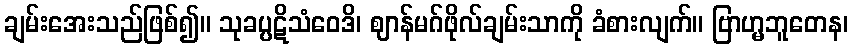
ချမ်းအေးသည်ဖြစ်၍။ သုခပ္ပဋိသံဝေဒိ၊ ဈာန်မဂ်ဖိုလ်ချမ်းသာကို ခံစားလျက်။ ဗြာဟ္မဘူတေန၊